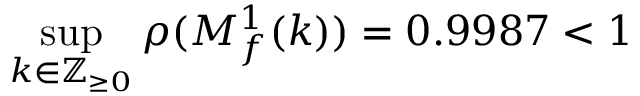
\operatorname* { s u p } _ { k \in \mathbb { Z } _ { \geq 0 } } \rho ( M _ { f } ^ { 1 } ( k ) ) = 0 . 9 9 8 7 < 1